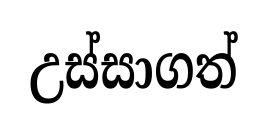
උස්සාගත්